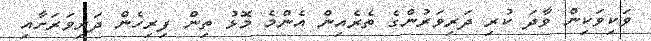
ވަކިވަކިން ވާދަ ކުރި ދަރިވަރުންގެ ތެރެއިން އެންމެ މޮޅު ތިން ފިރިހެން ދަރިވަރަށާއި